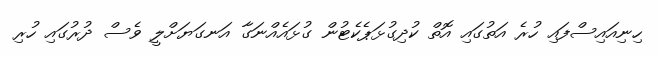
ހިނިއައިސްފައި ހުރެ އަތުގައި އޮތް ކުދިގުޅަޕެކެޓުން ގުޅައެއްނަގާ އަނގަޔަށްލީ ވެސް ދުރުގައި ހުރި